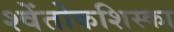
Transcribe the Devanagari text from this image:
श्वेंतोकशिस्का